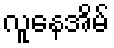
လူနေအိမ်